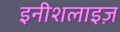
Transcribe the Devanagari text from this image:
इनीशलाइज़